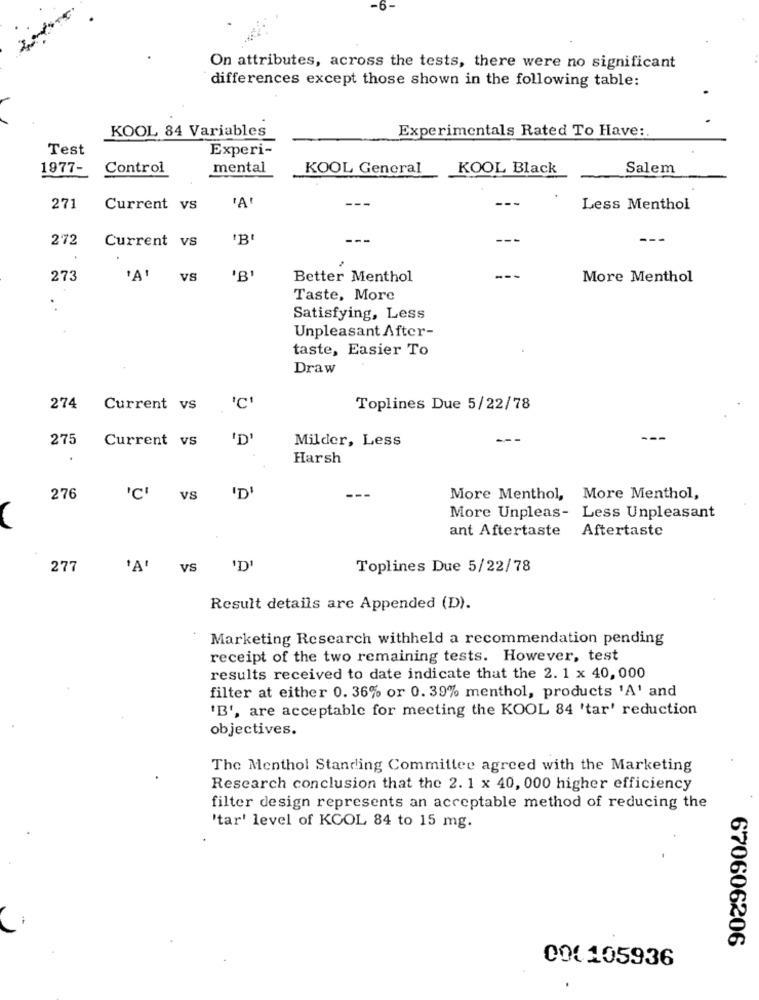
-6.
On attributes, across the tests, there were no significant
differences except those shown in the following table:
KOOL 84 Variables
Experimentals Rated To Have:
Test
Experi-
1977-
Control
mental
KOOL General
KOOL Black
Salem
271
Current vs
"A
Less Menthol
272
Current vs
---
---
273
'A' VS
Better Menthol
---
More Menthol
Taste, More
Satisfying, Less
Unpleasant After-
taste, Easier To
Draw
274
Current vs
Toplines Due 5/22/78
275
Current vs
'D'
Milder, Less
Harsh
276
'C' vs
'D'
More Menthol, More Menthol,
More Unpleas- Less Unpleasant
ant Aftertaste Aftertaste
277
'A'
VS
'D'
Toplines Due 5/22/78
Result details are Appended (D).
Marketing Research withheld a recommendation pending
receipt of the two remaining tests. However, test
results received to date indicate that the 2. 1 x 40, 000
filter at either 0. 36% or 0. 39% menthol, products 'A' and
'B', are acceptable for meeting the KOOL 84 'tar' reduction
objectives.
The Menthol Standing Committee agreed with the Marketing
Research conclusion that the 2. 1 x 40, 000 higher efficiency
filter design represents an acceptable method of reducing the
'tar' level of KCOL 84 to 15 mg.
670606206
000 105936